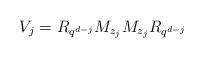
LaTeX: \begin{align*}V_j=R_{q^{d-j}}M_{z_j} M_{z_j}R_{q^{d-j}} \end{align*}